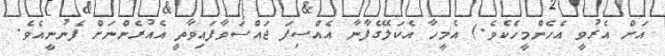
އަށް އެރުވީ އެހެންމީހެކެވެ.) އެމީހާ އެކަލޭގެފާނާ އެއްސިފަ ޖައްސަވާފައިވާތީ އެއުރެންނަށް ފެނުނީއެވެ.